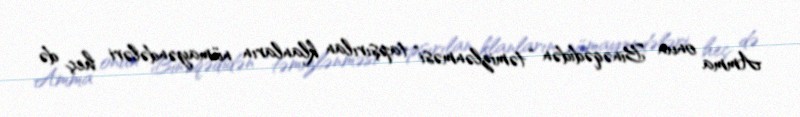
Amma onun Binəqədidən “təmizlənməsi” tapşırılan klanların nümayəndələri heç də